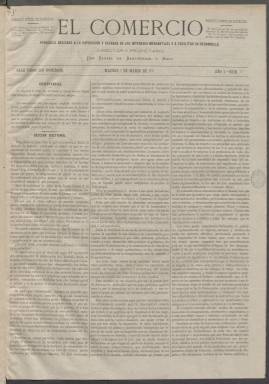
Título: El Comercio (Madrid. 1871)
Colección: Periódicos || Economía
Ámbito geográfico: Madrid
Lugar de publicación: Madrid
Fechas: 05/03/1871-18/06/1871